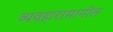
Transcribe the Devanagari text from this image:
व्यवहारामागील